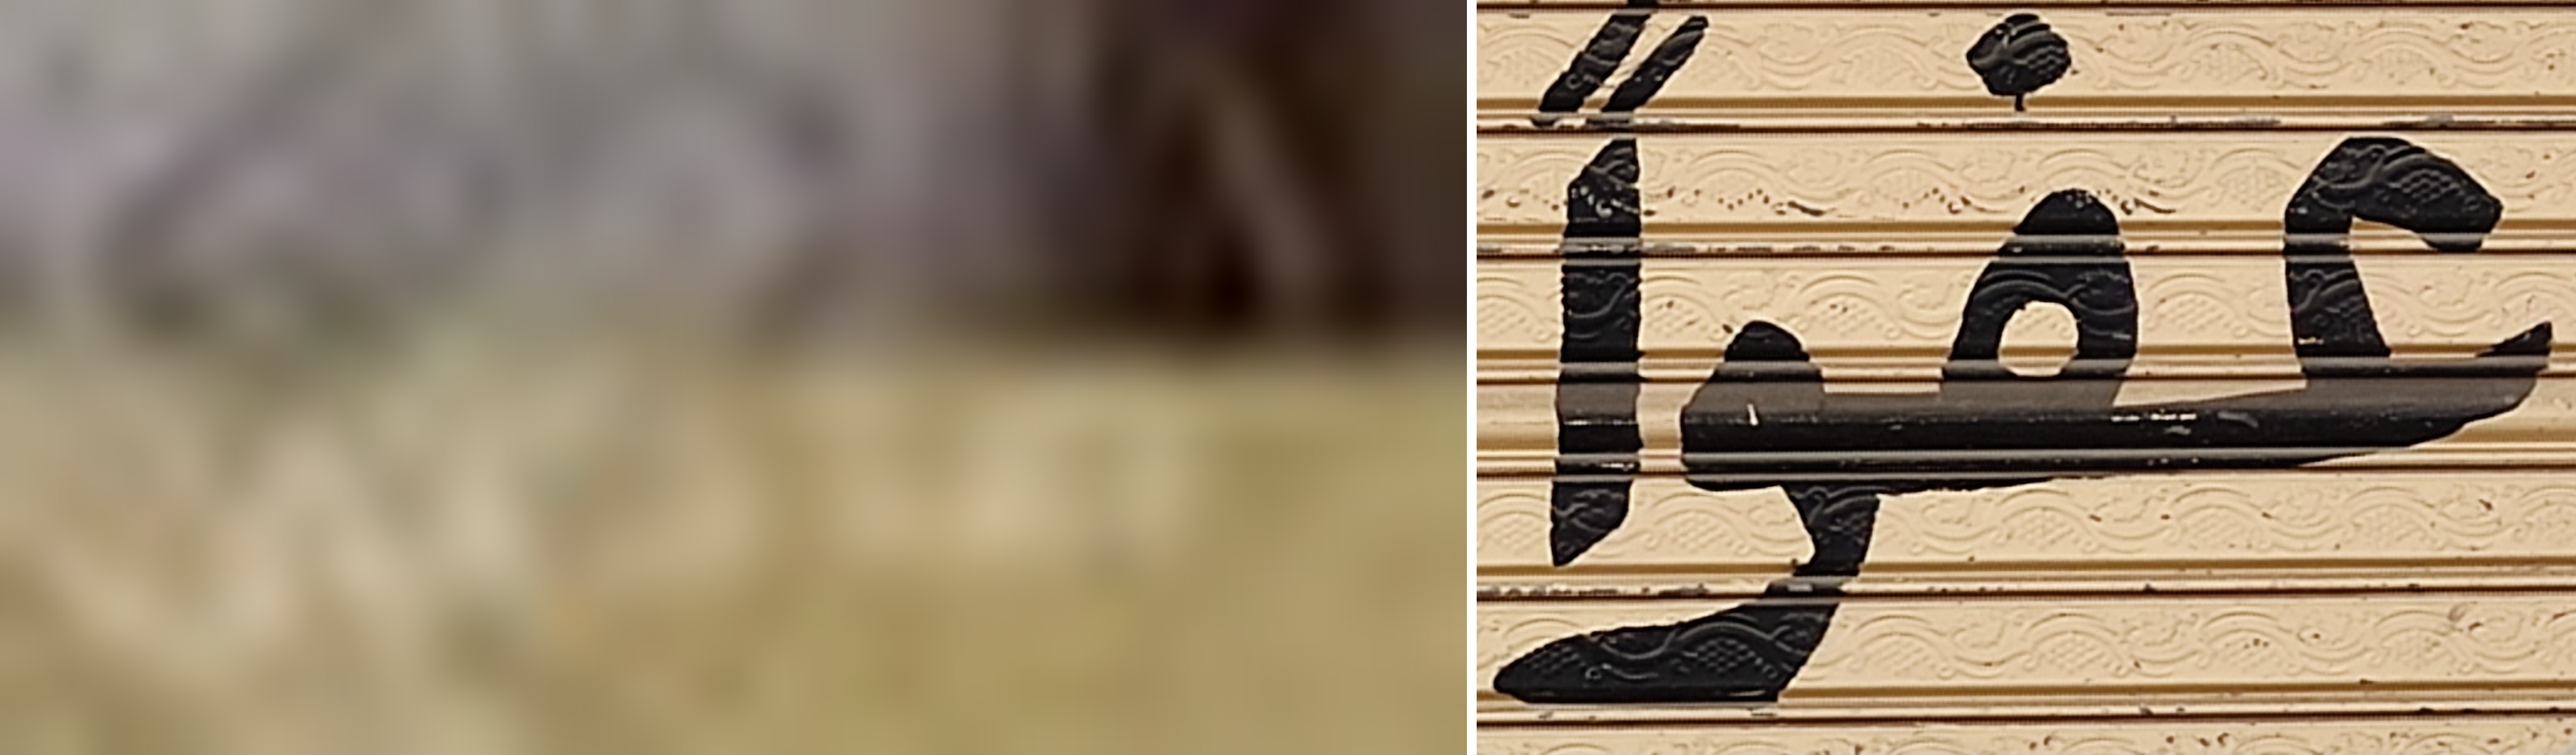
صاحبى عفوا